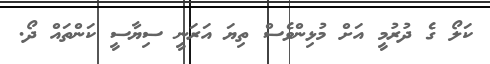
ކަލޯ ގެ ދުރުމީ އަށް މުޅިންވެސް ތިޔަ އަރަނީ ސިޔާސީ ކަންތައް ދޯ.